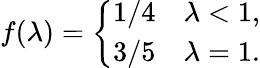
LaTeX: f(\lambda)=\left\{ \begin{array}{ll}{1/4}&{\lambda<1,}\\ {3/5}&{\lambda=1.}\end{array}\right.